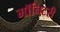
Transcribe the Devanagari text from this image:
मॉनिटरी